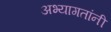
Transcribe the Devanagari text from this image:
अभ्यागतांनी